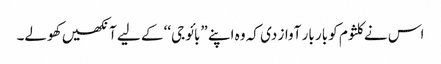
اس نے کلثوم کو بار بار آواز دی کہ وہ اپنے ”بائو جی‘‘ کے لیے آنکھیں کھولے۔